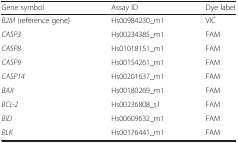
| Gene symbol | Assay ID | Dye label |
 | --- | --- | --- |
 | B2M (reference gene) | Hs00984230_m1 | VIC |
 | CASP3 | Hs00234385_m1 | FAM |
 | CASP8 | Hs01018151_m1 | FAM |
 | CASP9 | Hs00154261_m1 | FAM |
 | CASP14 | Hs00201637_m1 | FAM |
 | BAX | Hs00180269_m1 | FAM |
 | BCL-2 | Hs00236808_s1 | FAM |
 | BID | Hs00609632_m1 | FAM |
 | BLK | Hs00176441_m1 | FAM |